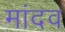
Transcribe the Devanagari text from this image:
मांदव